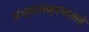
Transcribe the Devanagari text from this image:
अभ्यासक्रमाकडे